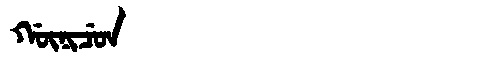
Manchu: ᡤᡡᠨᡳᠴᡠᠨ
Romanization: GŪNICUN